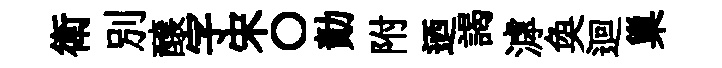
衛别醸字宋〇勣附迺謁滹奐迴巢